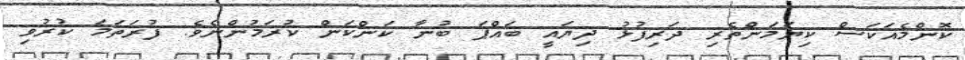
ކޮންމެއަކަސް ކިޔަމަންތެރި ދަރިފުޅު ދިޔައީ ބައްޕަ ބުނާ ކަންކަން ކުރަމުންނެވެ. ފުރަތަމަ ކުރުވި